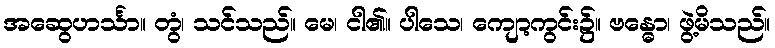
အဆွေဟင်္သာ။ တွံ၊ သင်သည်။ မေ၊ ငါ၏။ ပါသေ၊ ကျော့ကွင်း၌။ ဗန္ဓော၊ ဖွဲ့မိသည်။